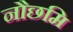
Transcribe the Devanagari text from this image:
नौछमि